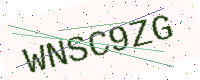
Text: WNSC9ZG